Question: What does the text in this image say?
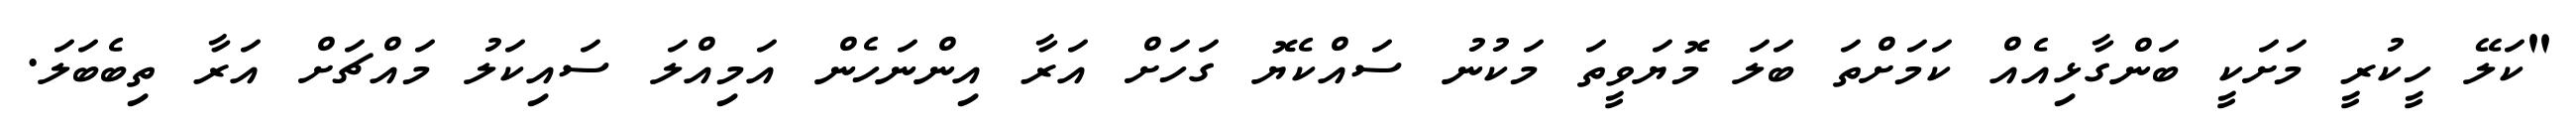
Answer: "ކަލޭ ހީކުރީ މަށަކީ ބަންގާޅިއެއް ކަމަށްތަ ބަލަ މޮޔަވީތަ މަކުނު ސައްކެޔޮ ގަހަށް އަރާ އިންނަހެން އަމިއްލަ ސައިކަލު މައްޗަށް އަރާ ތިބެބަލަ.